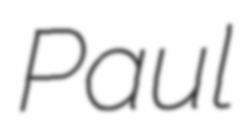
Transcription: Paul